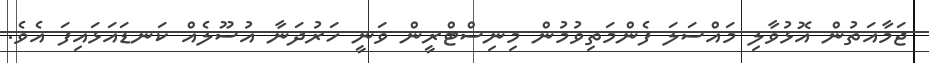
ޖަމާއަތުން އޮޅުވާލި މައްސަލަ ފެންމަތިވުމުން މިނިސްޓްރީން ވަނީ ހަރުދަނާ އުސޫލެއް ކަނޑައަޅައިފަ އެވެ.